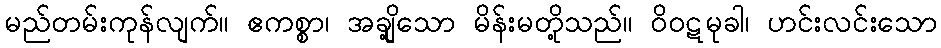
မည်တမ်းကုန်လျက်။ ဧကစ္စာ၊ အချို့သော မိန်းမတို့သည်။ ဝိဝဋမုခါ၊ ဟင်းလင်းသော